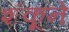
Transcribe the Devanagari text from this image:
शंकूने